Vaccine operations Central Provinces 1886-1899 - 1886-1899
Year: 1886
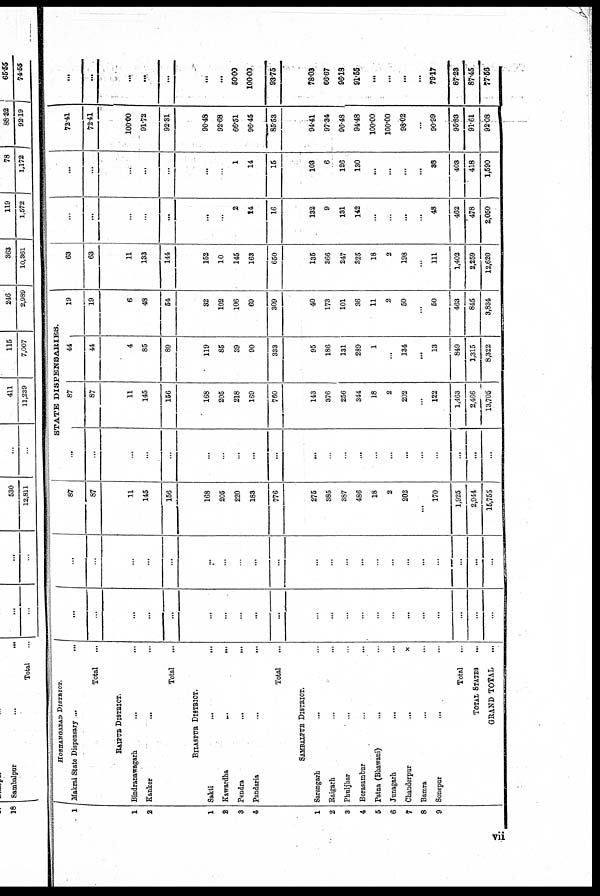
1
1
2
1
2
3
4
1
2
3
4
5
6
7
8
9
HOSHANGABAD DISTRICT.
Makrai State Dispensary ...
...
Total ...
RAIPUR DISTRICT.
Bindranawagarh
...
...
Kanker
...
...
Total
...
BILASPUR DISTRICT.
Sakti ... ...
Kawardha
...
...
Pendra
...
...
Pandaria
...
...
Total ...
SAMBALPUR DISTRICT.
Sarangarh
...
...
Raigarh
...
...
Phuljhar ... ...
Borasambur
...
...
Patna (Bhawani)
...
...
Junagarh
...
...
Chanderpur
...
...
Bamra ... ...
Sonepur
...
...
Total ...
TOTAL STATES ...
GRAND TOTAL ...
...
...
...
...
...
...
...
...
...
...
...
...
...
...
...
...
...
...
...
...
...
...
...
...
...
...
...
...
...
...
...
...
...
...
...
...
...
...
...
...
...
...
...
...
87
87
11
145
156
168
205
220
183
776
275
385
387
486
18
2
202
...
170
1,925
2,944
15,755
STATE DISPENSARIES.
...
...
...
...
...
...
...
...
...
...
...
...
...
...
...
...
...
...
...
...
...
...
87
87
11
145
156
168
205
218
169
760
143
376
256
344
18
2
202
...
122
1,463
2,466
13,705
44
44
4
85
89
119
85
39
90
333
95
186
131
289
1
...
134
...
13
849
1,315
8,322
19
19
6
48
54
32
102
106
69
309
40
173
101
36
11
2
50
...
50
463
845
3,834
63
63
11
133
144
152
10
145
163
650
135
366
247
325
18
2
198
...
111
1,402
2,259
12,620
...
...
...
...
...
...
...
2
14
16
132
9
131
142
...
...
...
...
48
462
478
2,050
...
...
...
...
...
...
...
1
14
15
103
6
126
130
...
...
...
...
38
403
418
1,590
72.41
72.41
100.00
91.72
92.31
90.48
92.68
66.51
96.45
85.53
94.41
97.34
96.48
94.48
100.00
100.00
98.02
...
90.99
95.83
91.61
92.08
...
...
...
...
...
...
...
50.00
100.00
93.75
78.03
66.67
96.18
91.55
...
...
...
...
79.17
87.23
87.45
77.56
vii